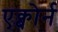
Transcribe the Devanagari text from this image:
एक्बोर्न